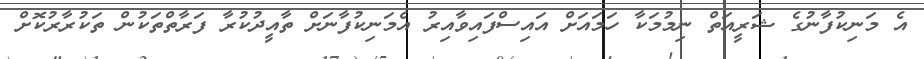
އެ މަނިކުފާނުގެ ޝަރީއަތް ނިމުމަކާ ހަމައަށް އައިސްފައިވާއިރު އެމަނިކުފާނަށް ތާއީދުކުރާ ފަރާތްތަކުން ތަކުރާރުކޮށް